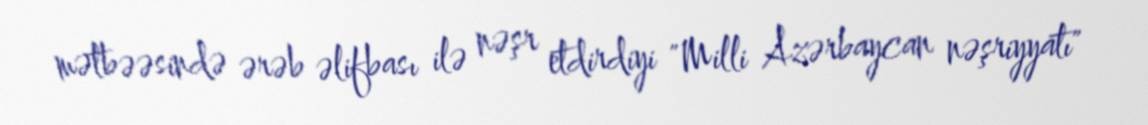
mətbəəsində ərəb əlifbası ilə nəşr etdirdiyi "Milli Azərbaycan nəşriyyatı"